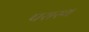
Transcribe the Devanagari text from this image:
परास्थ